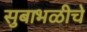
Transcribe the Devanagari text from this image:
सुबाभळीचे